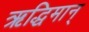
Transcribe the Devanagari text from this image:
ऋद्धिमान्‌